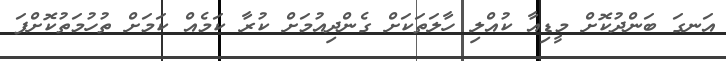
އަނގަ ބަންދުކޮށް މީޑިއާ ކުއްލި ހާލަތަކަށް ގެންދިއުމަށް ކުރާ ކަމެއް ކަމަށް ތުހުމަތުކޮށްފަ